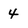
Character: 4